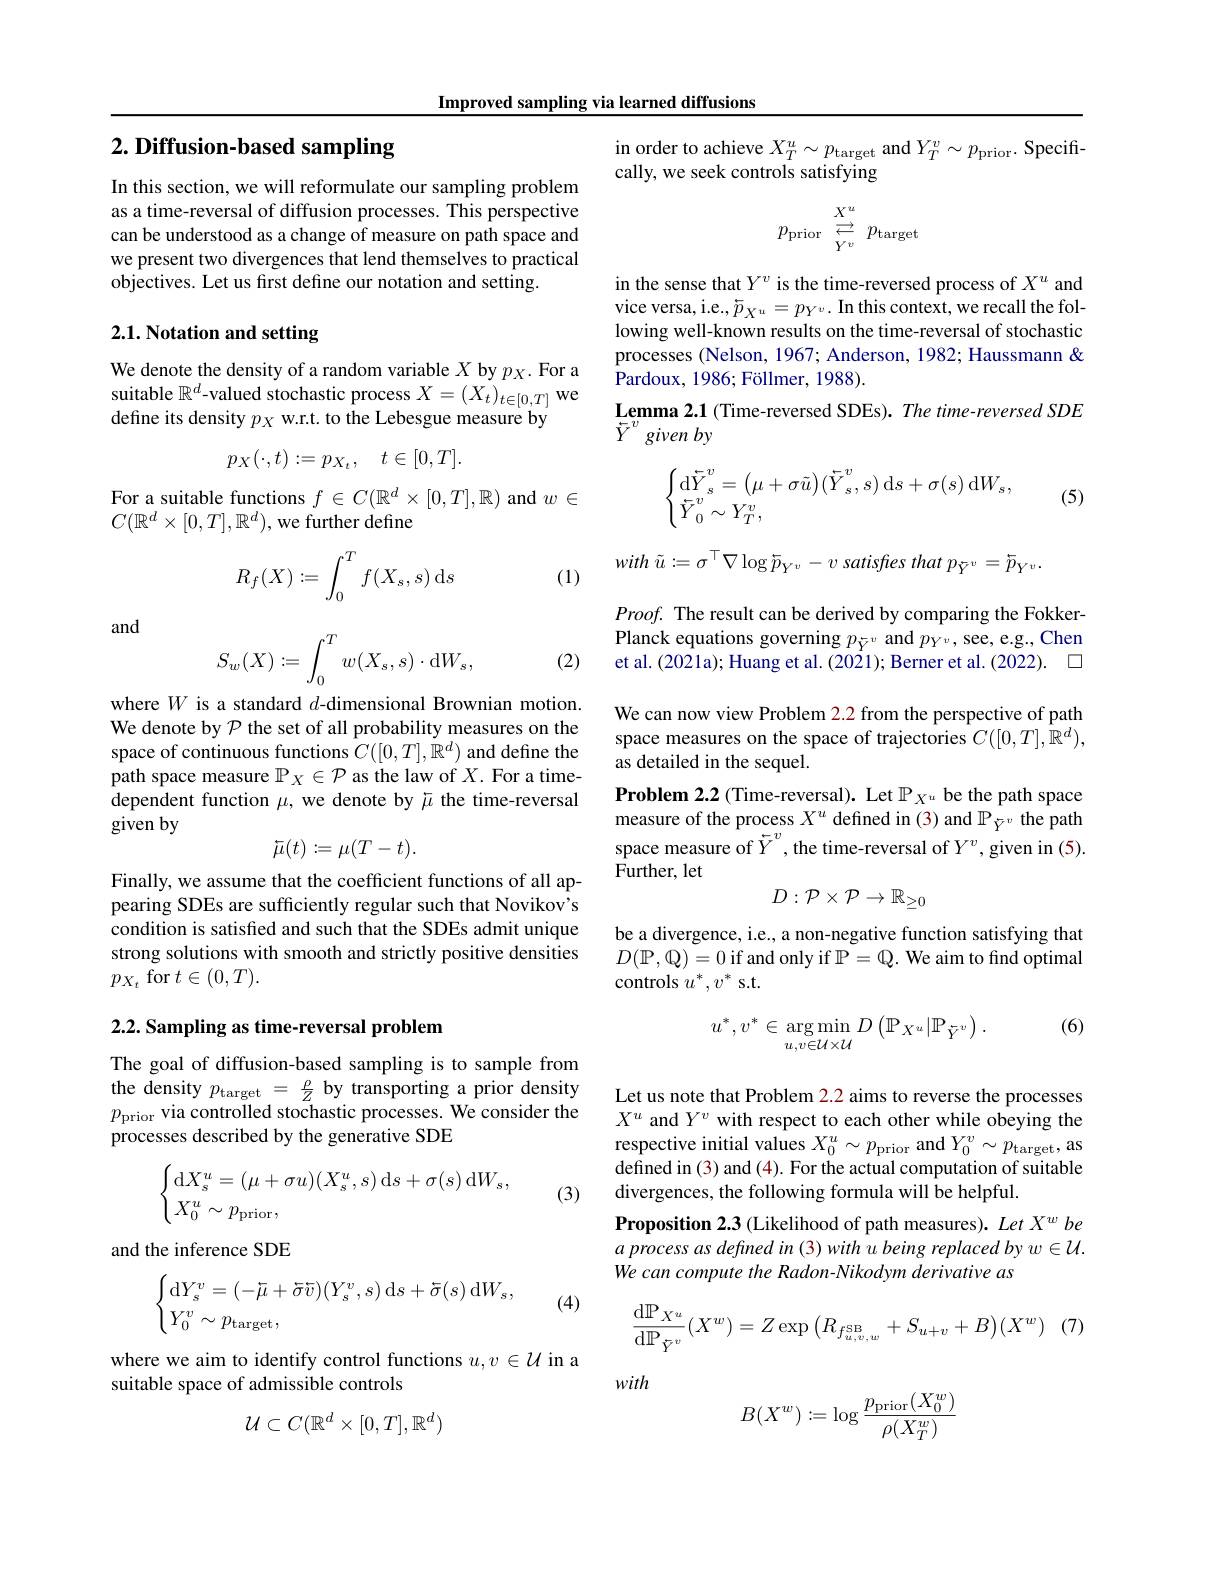
Improved sampling via learned diffusions

# $2. \textbf{ Diffusion- based sampling}$

In this section, we will reformulate our sampling problem as a time-reversal of diffusion processes. This perspective can be understood as a change of measure on path space and we present two divergences that lend themselves to practical $\hat{\text{objectives. Let us first define our notation and setting}}.$

## 2.1. Notation and setting

We denote the density of a random variable $X$ by $p_X.$ For a suitable $\mathbb{R}^d$-valued stochastic process $X=(X_t)_{t\in[0,T]}$ we define its density $p_X$ w.r.t. to the Lebesgue measure by
$$p_X(\cdot,t):=p_{X_t},\quad t\in[0,T].$$
For a suitable functions $f\in C(\mathbb{R}^d\times[0,T],\mathbb{R})$ and $w\in$
$C(\mathbb{R}^d\times[0,T],\mathbb{R}^d)$,we further define
$$R_f(X):=\int_0^Tf(X_s,s)\:\mathrm ds$$
(1)

and
$$S_w(X):=\int_0^Tw(X_s,s)\cdot\mathrm{d}W_s,$$
(2)

where $W$ is a standard $d$-dimensional Brownian motion. We denote by $\mathcal{P}$ the set of all probability measures on the space of continuous functions $\hat{C}([0,T],\tilde{\mathbb{R}}^d)$ and define the path space measure $\mathbb{P}_X\in\mathcal{P}$ as the law of $X.$ For a timedependent function $\mu$, we denote by $\bar{\mu}$ the time-reversal given by
$$\bar{\mu}(t):=\mu(T-t).$$
Finally, we assume that the coefficient functions of all appearing SDEs are sufficiently regular such that Novikov's condition is satisfied and such that the SDEs admit unique strong solutions with smooth and strictly positive densities $p_{X_t}$ for $t\in(0,T).$

2.2. Sampling as time-reversal problem

The goal of diffusion-based sampling is to sample from the density $p_{\mathrm{target}}=\frac\rho Z$ by transporting a prior density $p_{\mathrm{prior}}$ via controlled stochastic processes. We consider the processes described by the generative SDE
$$\begin{cases}\mathrm{d}X_s^u=(\mu+\sigma u)(X_s^u,s)\:\mathrm{d}s+\sigma(s)\:\mathrm{d}W_s,\\X_0^u\sim p_{\text{prior}},\end{cases}$$
(3)

and the inference SDE

(4)
$$\begin{cases}\mathrm{d}Y_s^v=(-\bar\mu+\bar\sigma\bar v)(Y_s^v,s)\:\mathrm{d}s+\bar\sigma(s)\:\mathrm{d}W_s,\\Y_0^v\sim p_{\text{target}},\end{cases}$$
where we aim to identify control functions $u,v\in\mathcal{U}$ in a
suitable space of admissible controls
$$\mathcal{U}\subset C(\mathbb{R}^d\times[0,T],\mathbb{R}^d)$$
in order to achieve $X_T^u\sim p_{\mathrm{target}}$ and $Y_T^v\sim p_{\mathrm{prior.~Specifi-}}$
cally, we seek controls satisfying
$$p_{\text{prior}}\stackrel{X^u}{\underset{Yv}{\operatorname*{\leftarrow}}}p_{\text{target}}$$
in the sense that $Y^v$ is the time-reversed process of $X^u$ and vice versa, i.e., $\bar{p}_{X^u}=p_{Y^v}.$ In this context, we recall the following well-known results on the time-reversal of stochastic processes (Nelson, 1967; Anderson, 1982; Haussmann & Pardoux, 1986; Föllmer, 1988).
$\textbf{Lemma 2. 1 ( Time- reversed SDEs) . The time- reversed SDE}$
$\tilde{Y} ^{v}$ given $by$
$$\begin{cases}\mathrm{d}\tilde{Y}_s^v=\left(\mu+\sigma\tilde{u}\right)(\bar{Y}_s^v,s)\:\mathrm{d}s+\sigma(s)\:\mathrm{d}W_s,\\\bar{Y}_0^v\sim Y_T^v,\end{cases}$$
(5)

with $\tilde{u} : = \sigma ^{\top }\nabla \log \tilde{p} _{Y^{v}}- v$ satisftes that $p_{\tilde{Y} ^{v}}= \tilde{p} _{Y^{v}}.$

$Proof.$ The result can be derived by comparing the FokkerPlanck equations governing $p_{\bar{Y}^{v}}$ and $p_{Y^{v}}$, see, e.g., Chen et al. (2021a); Huang et al. (2021); Berner et al. (2022). 口We can now view Problem 2.2 from the perspective of path space measures on the space of trajectories $C([0,T],\bar{\mathbb{R}}^d)$, as detailed in the sequel.
Problem 2.2 (Time-reversal). Let $\mathbb{P}_{X^u}$ be the path space measure of the process $X^u$ defined in (3) and $\mathbb{P}_{\bar{Y}^v}$ the path space measure of $\bar{Y}^v$,the time-reversal of $Y^v$, given in (5). Further, let
$$D:\mathcal{P}\times\mathcal{P}\to\mathbb{R}_{\geq0}$$
be a divergence, i.e., a non-negative function satisfying that $D(\mathbb{P},\mathbb{Q})=0$ if and only if $\mathbb{P}=\mathbb{Q}.$ We aim to find optimal controls $u^*,v^*$ s.t.

(6)
$$u^*,v^*\in\underset{u,v\in\mathcal{U}\times\mathcal{U}}{\arg\min}D\left(\mathbb{P}_{X^u}|\mathbb{P}_{\tilde{Y}^v}\right).$$
Let us note that Problem 2.2 aims to reverse the processes $X^u$ and $Y^v$ with respect to each other while obeying the respective initial values $X_0^u\sim p_{\mathrm{prior}}$ and $Y_0^v\sim p_{\mathrm{target}}$, as defined in (3) and (4). For the actual computation of suitable divergences, the following formula will be helpful.
Proposition 2.3 (Likelihood of path measures). Let X' be $a$ process as defined in (3) with u being replaced by w $\in\mathcal{U}.$ We can compute the Radon-Nikodym derivative as
$$\dfrac{\mathrm{d}\mathbb{P}_{X^u}}{\mathrm{d}\mathbb{P}_{\bar{Y}^v}}(X^w)=Z\exp\big(R_{f_{u,v,w}^\text{SB}}+S_{u+v}+B\big)(X^w)$$
with
$$B(X^w):=\log\frac{p_{\mathrm{prior}}(X_0^w)}{\rho(X_T^w)}$$